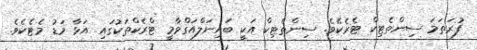
ފުރަތަމަ ސިންތެޓިކް ޓެރެކެވެ. ސިންތެޓިކް އަކީ ބައިނަލްއަގްވާމީ ޓްރެކްތަކުގައި އަޅާ މަޑު މެޓެކެވެ.